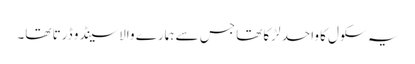
یہ سکول کا واحد لڑکا تھا جس سے ہمارے والا سینڈو ڈرتا تھا۔